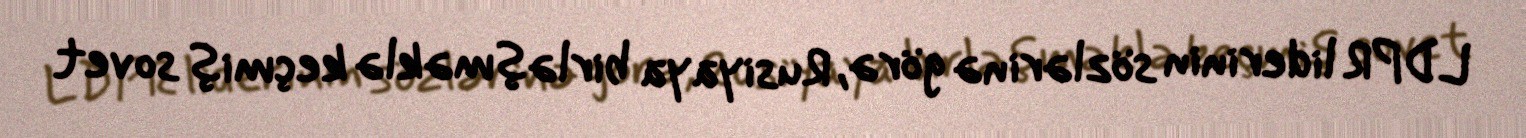
LDPR liderinin sözlərinə görə, Rusiyaya birləşməklə keçmiş sovet